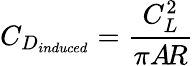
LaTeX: C_{D_{induced}}={\frac{C_{L}^{2}}{\pi A\! R}}